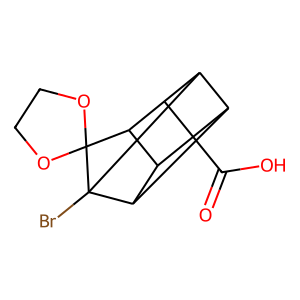
SMILES: O=C(O)C12C3C4C1C1C2C3C1(Br)C41OCCO1
Inhibits HIV replication: No